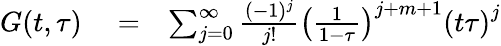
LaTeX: \begin{array}{rlr}{G(t,\tau)}&{{}=}&{\sum_{j=0}^{\infty}\frac{(-1)^{j}}{j!}\left(\frac{1}{1-\tau}\right)^{j+m+1}\left(t\tau\right)^{j}}\end{array}